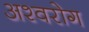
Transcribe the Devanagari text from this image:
अश्वरोग